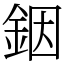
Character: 銦